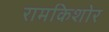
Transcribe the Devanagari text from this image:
रामकिशोर